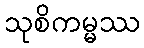
သုစိကမ္မဿ